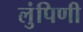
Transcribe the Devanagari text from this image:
लुंपिणी